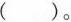
()。